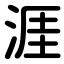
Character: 涯